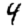
Digit: 4